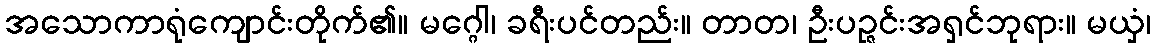
အသောကာရုံကျောင်းတိုက်၏။ မဂ္ဂေါ၊ ခရီးပင်တည်း။ တာတ၊ ဦးပဉ္ဇင်းအရှင်ဘုရား။ မယှံ၊